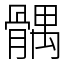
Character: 髃